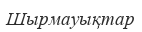
Шырмауықтар